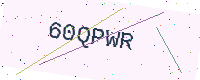
Text: 60QPWR